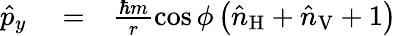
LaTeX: \begin{array}{rlr}{\hat{p}_{y}}&{{}=}&{\frac{\hbar m}{r}\cos\phi\left(\hat{n}_{\mathrm{H}}+\hat{n}_{\mathrm{V}}+1\right)}\end{array}